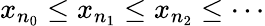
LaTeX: x_{n_{0}}\leq x_{n_{1}}\leq x_{n_{2}}\leq\cdots